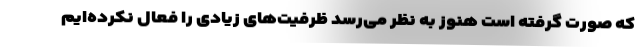
که صورت گرفته است هنوز به نظر می‌رسد ظرفیت‌های زیادی را فعال نکرده‌ایم